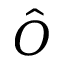
\hat { O }